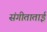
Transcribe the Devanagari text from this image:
संगीताताई